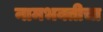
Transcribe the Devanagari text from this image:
नामभक्तीचा